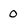
Character: 0